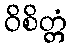
ဝိစိတ္တံ